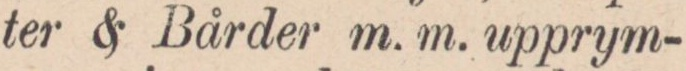
ter & Bårder m. m. upprym-